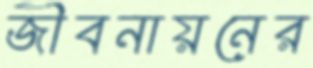
জীবনায়নের